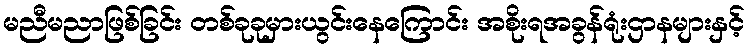
မညီမညာဖြစ်ခြင်း တစ်ခုခုမှားယွင်းနေကြောင်း အစိုးရအခွန်ရုံးဌာနများနှင့်